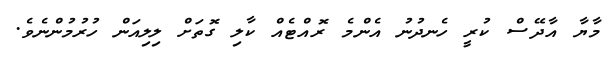
މާޔާ އާދޭސް ކުރީ ހެނދުނު އެންމެ ރޮއްޓެއް ކާލި ގޮތަށް ލިލިއަން ހުރުމުންނެވެ.